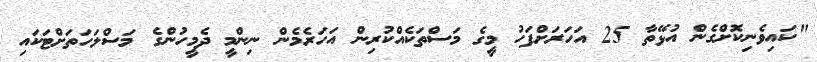
"ކައިވެނިކޮށްގެން އުޅޭތާ 25 އަހަރަށްފަހު މީގެ މަސްތަކެއްކުރިން އަހަރެމެން ނިންމީ ދެމީހުންގެ މަސްލަހަތަށްޓަކައި